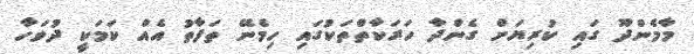
މާމެންދޫ ގައި ކުރިޔަށް ގެންދާ ހަރަކާތްތަކުގައި ހިމެނޭ ތަފާތު އެއް ކަމަކީ ދުވަހާ